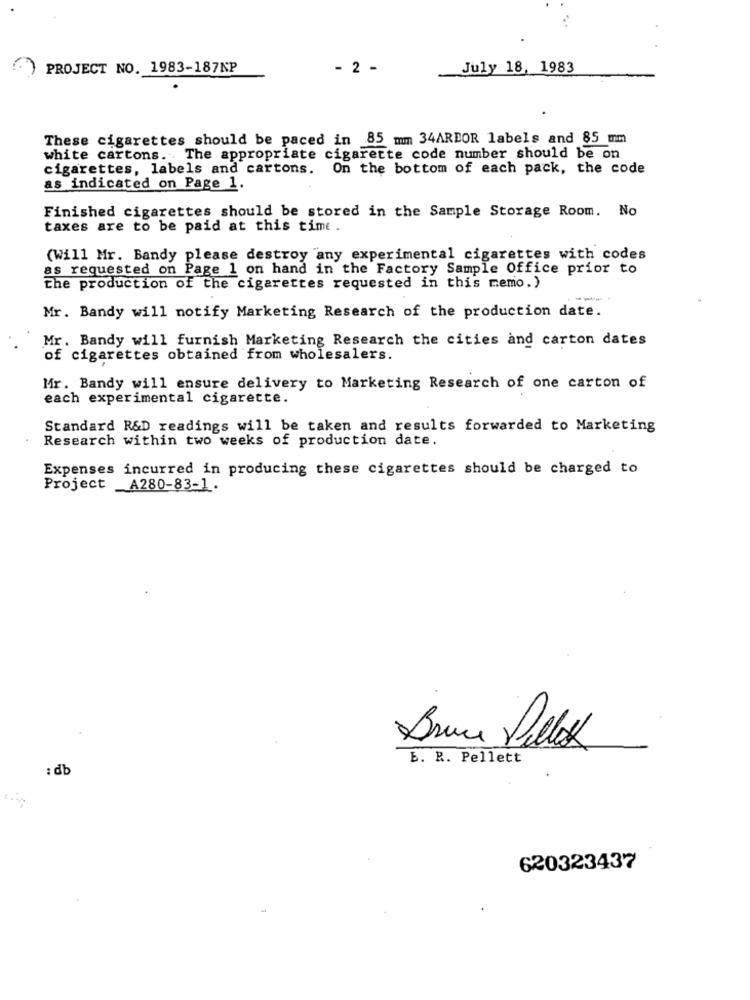
PROJECT NO. 1983-187NP
- 2 -
July 18, 1983
These cigarettes should be paced in 85 mm 34ARDOR labels and 85 mm
white cartons. . The appropriate cigarette code number should be on
cigarettes, labels and cartons. On the bottom of each pack, the code
as indicated on Page 1.
Finished cigarettes should be stored in the Sample Storage Room. No
taxes are to be paid at this time .
(Will Mr. Bandy please destroy any experimental cigarettes with codes
as requested on Page 1 on hand in the Factory Sample Office prior to
the production of the cigarettes requested in this memo. )
----
Mr. Bandy will notify Marketing Research of the production date.
Mr. Bandy will furnish Marketing Research the cities and carton dates
of cigarettes obtained from wholesalers.
Mr. Bandy will ensure delivery to Marketing Research of one carton of
each experimental cigarette.
Standard R&D readings will be taken and results forwarded to Marketing
Research within two weeks of production date.
Expenses incurred in producing these cigarettes should be charged to
Project _A280-83-1.
Bruce Pillas
E. R. Pellett
: db
620323437